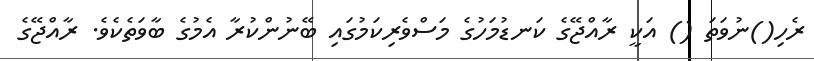
ރެހި()ނުވަތަ () އަކީ ރާއްޖޭގެ ކަނޑުމަހުގެ މަސްވެރިކަމުގައި ބޭނުންކުރާ އެމުގެ ބާވަތެކެވެ. ރާއްޖޭގެ